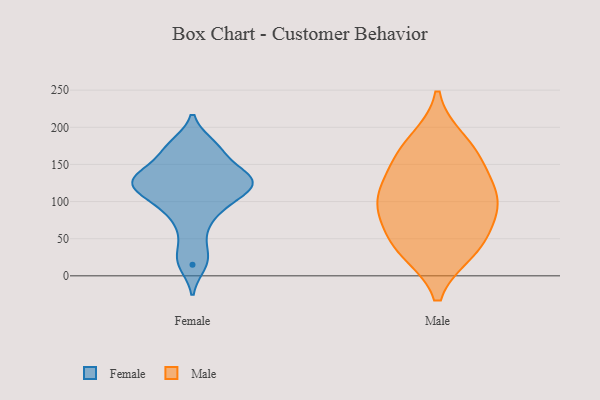
{"axis": {"x": "Operating Costs (USD K)", "y": "Value"}, "legend": ["Female", "Male"], "data": [{"x": "", "y": 15, "type": "Female"}, {"x": "", "y": 62, "type": "Female"}, {"x": "", "y": 126, "type": "Female"}, {"x": "", "y": 117, "type": "Female"}, {"x": "", "y": 122, "type": "Female"}, {"x": "", "y": 28, "type": "Female"}, {"x": "", "y": 138, "type": "Female"}, {"x": "", "y": 172, "type": "Female"}, {"x": "", "y": 128, "type": "Female"}, {"x": "", "y": 135, "type": "Female"}, {"x": "", "y": 166, "type": "Female"}, {"x": "", "y": 176, "type": "Female"}, {"x": "", "y": 132, "type": "Female"}, {"x": "", "y": 89, "type": "Female"}, {"x": "", "y": 94, "type": "Female"}, {"x": "", "y": 109, "type": "Female"}, {"x": "", "y": 151, "type": "Male"}, {"x": "", "y": 107, "type": "Male"}, {"x": "", "y": 35, "type": "Male"}, {"x": "", "y": 161, "type": "Male"}, {"x": "", "y": 105, "type": "Male"}, {"x": "", "y": 96, "type": "Male"}, {"x": "", "y": 180, "type": "Male"}, {"x": "", "y": 48, "type": "Male"}, {"x": "", "y": 40, "type": "Male"}, {"x": "", "y": 94, "type": "Male"}]}